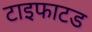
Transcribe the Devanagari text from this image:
टाइफाटड